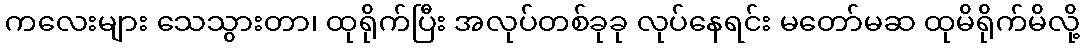
ကလေးများ သေသွားတာ၊ ထုရိုက်ပြီး အလုပ်တစ်ခုခု လုပ်နေရင်း မတော်မဆ ထုမိရိုက်မိလို့